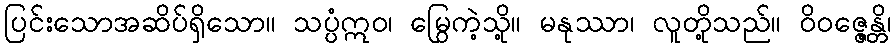
ပြင်းသောအဆိပ်ရှိသော။ သပ္ပံဣဝ၊ မြွေကဲ့သို့။ မနုဿာ၊ လူတို့သည်။ ဝိဝဇ္ဇေန္တိ၊